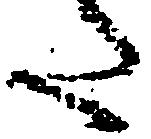
た